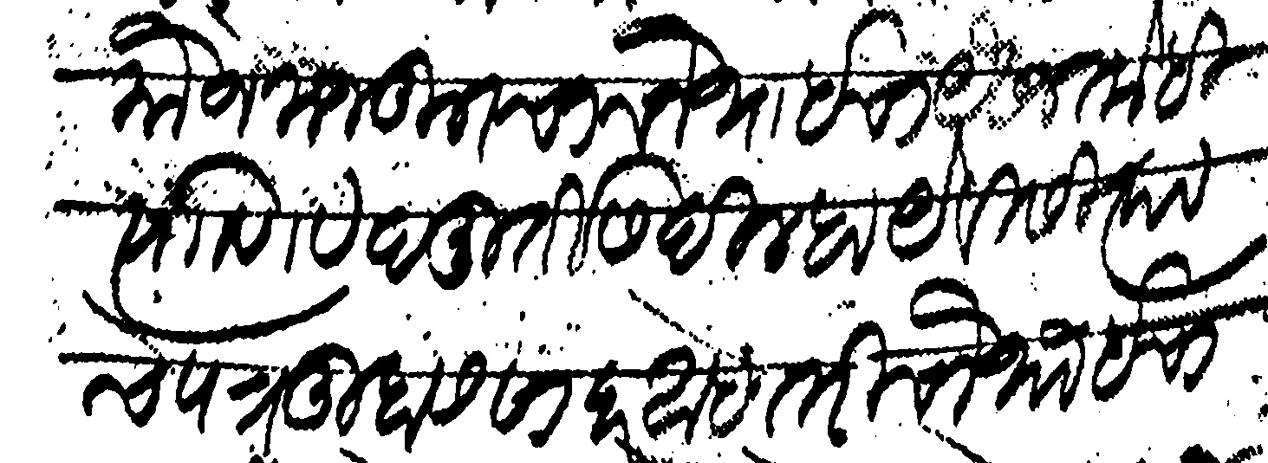
Transliteration (Devanagari): मौजे मजकूरचा चौथाइचा यैवज तो ही त्याणी वेदमूर्तीस दिल्हा येविसी त्याचे पत्र तुम्हास सादर आहे तरी चौथाइ चाही